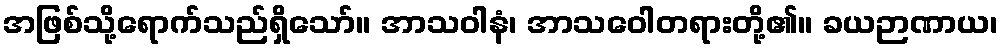
အဖြစ်သို့ရောက်သည်ရှိသော်။ အာသဝါနံ၊ အာသဝေါတရားတို့၏။ ခယဉာဏာယ၊